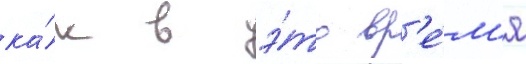
ка́к в э́то вр'е́м'я